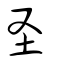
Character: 圣